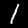
Label: 1